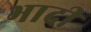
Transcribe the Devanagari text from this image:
भादी